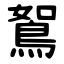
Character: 鴽